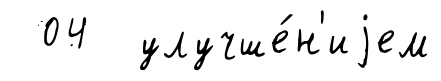
04 улучше́н'иjем